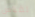
لقياس